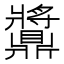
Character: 䵼